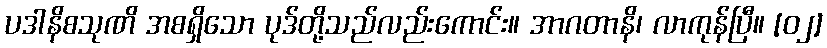
ပဒါနိစသုဏိ အစရှိသော ပုဒ်တို့သည်လည်းကောင်း။ အာဂတာနိ၊ လာကုန်ပြီ။ [၀၂]